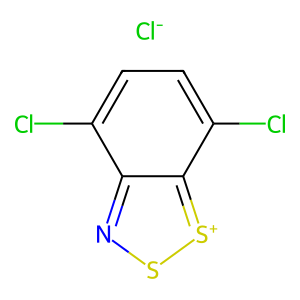
SMILES: Clc1ccc(Cl)c2[s+]snc12.[Cl-]
Inhibits HIV replication: No